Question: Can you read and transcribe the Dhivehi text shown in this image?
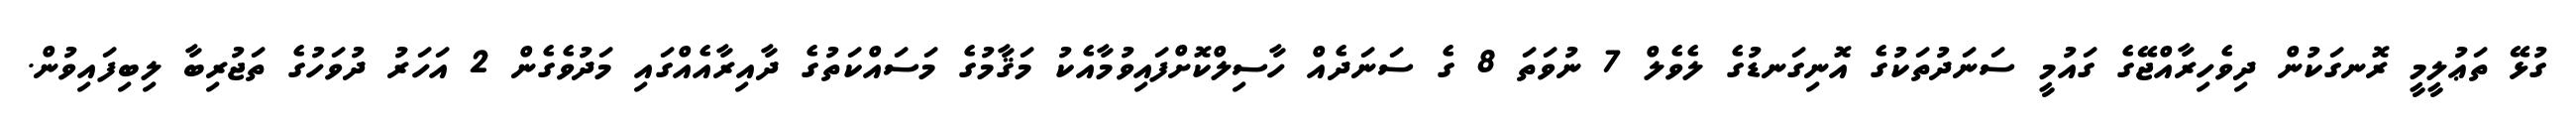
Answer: ގުޅޭ ތަޢުލީމީ ރޮނގަކުން ދިވެހިރާއްޖޭގެ ގައުމީ ސަނަދުތަކުގެ އޮނިގަނޑުގެ ލެވެލް 7 ނުވަތަ 8 ގެ ސަނަދެއް ހާސިލްކޮށްފައިވުމާއެކު މަޤާމުގެ މަސައްކަތުގެ ދާއިރާއެއްގައި މަދުވެގެން 2 އަހަރު ދުވަހުގެ ތަޖުރިބާ ލިބިފައިވުން.